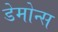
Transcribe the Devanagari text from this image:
डेमोन्स